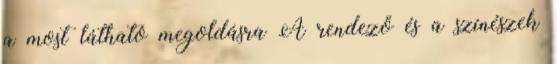
a most látható megoldásra A rendező és a színészek